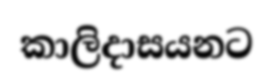
කාලිදාසයනට